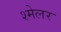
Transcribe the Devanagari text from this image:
श्मेलर